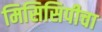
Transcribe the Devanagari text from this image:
मिसिसिपीचा